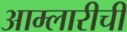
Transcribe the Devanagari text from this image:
आम्लारीची